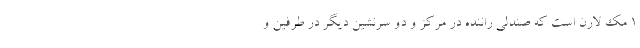
1 مک لارن است که صندلی راننده در مرکز و دو سرنشین دیگر در طرفین و